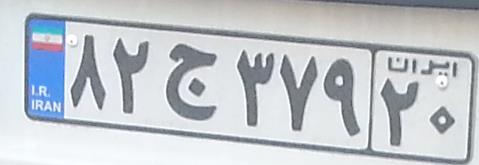
۸۲ج۳۷۹۲۰